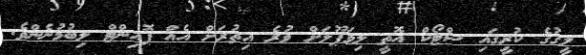
ލީގުގެ ކުރީގައި ސްޓޯކް އޮތީ ލިވަޕޫލަށް ވުރެ އިތުރަށް އެއް ޕޮއިންޓް ލިބުމުނެންވެ.